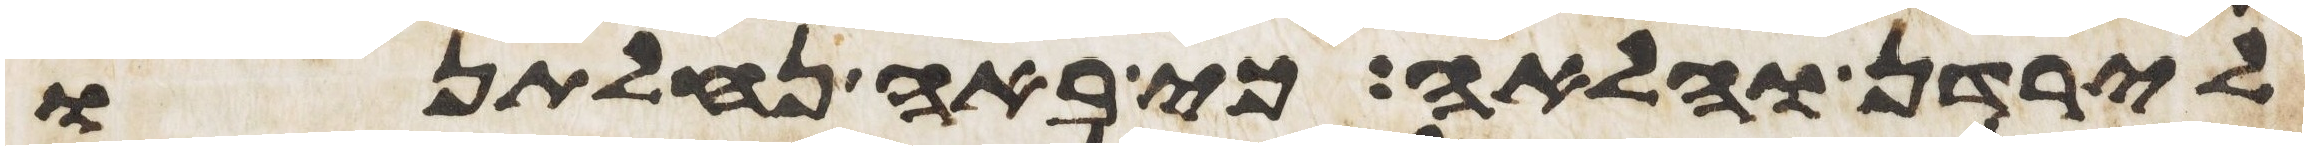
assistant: לירדן והלאה כי באה נחלתנו